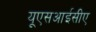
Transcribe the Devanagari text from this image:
यूएसआईसीए